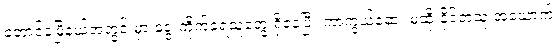
တောင်ငူမြို့နယ်အတွင်းမှာ ခွေးကိုက်ခံရသူတွေ ရှိနေပြီး ကာကွယ်ဆေး မထိုးနိုင်တဲ့သူ အယောက်